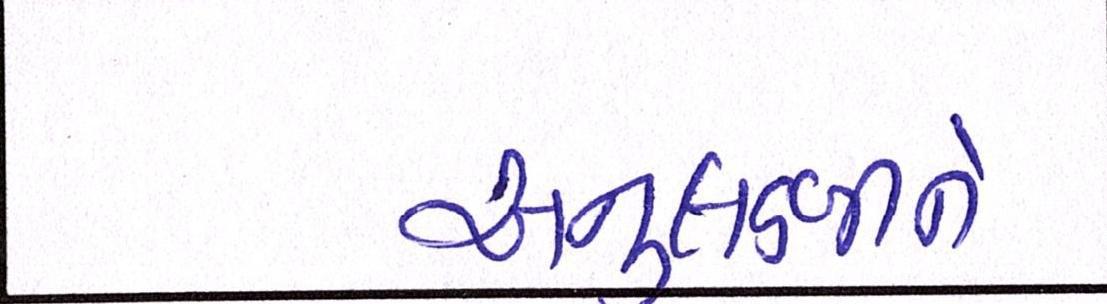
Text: અનુલક્ષીને